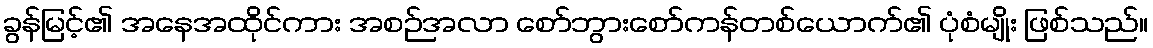
ခွန်မြင့်၏ အနေအထိုင်ကား အစဉ်အလာ စော်ဘွားစော်ကန်တစ်ယောက်၏ ပုံစံမျိုး ဖြစ်သည်။